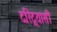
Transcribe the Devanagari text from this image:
दरिद्र्यासी